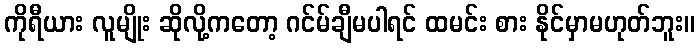
ကိုရီယား လူမျိုး ဆိုလို့ကတော့ ဂင်မ်ချီမပါရင် ထမင်း စား နိုင်မှာမဟုတ်ဘူး။